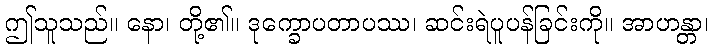
ဤသူသည်။ နော၊ တို့၏။ ဒုက္ခောပတာပဿ၊ ဆင်းရဲပူပန်ခြင်းကို။ အာဟန္တာ၊